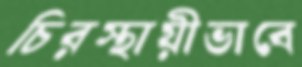
চিরস্থায়ীভাবে